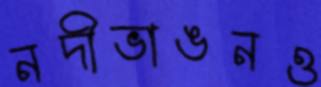
নদীভাঙনও